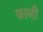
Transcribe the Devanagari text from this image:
फाभी